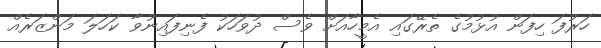
ހަރުފަ ހިފަން އުޅުމުގެ ތެރޭގައި އެމީހާއަށް ވެސް ދުވަހަކު ފެނިފައިނުވާ ކަހަލަ މަންޒަރެއް